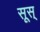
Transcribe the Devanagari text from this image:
सूस्